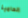
الحامية